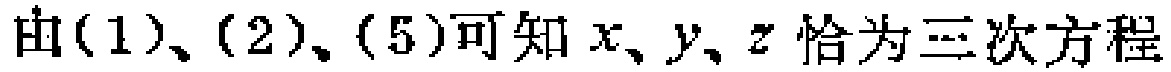
由(1)、(2)、(5)可知 \(x、y、z\) 恰为三次方程